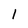
Character: 1